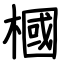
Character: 槶